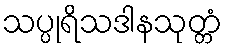
သပ္ပုရိသဒါနသုတ္တံ